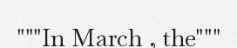
"""In March , the"""